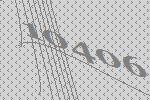
10406